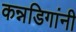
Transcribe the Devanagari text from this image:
कन्नडिगांनी